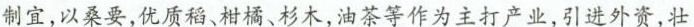
制宜，以桑要，优质稻、柑橘、杉木，油茶等作为主打产业，引进外资，壮